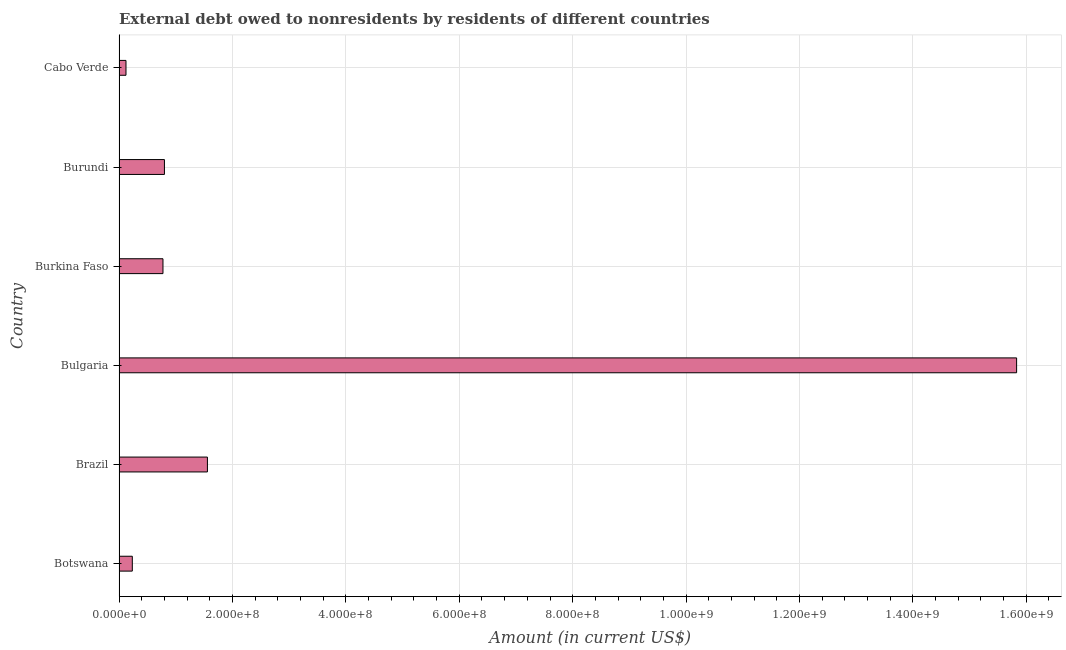
| Country | Debt |
 | --- | --- |
 | Botswana | 2.34e+07 |
 | Brazil | 1.56e+08 |
 | Bulgaria | 1.58e+09 |
 | Burkina Faso | 7.74e+07 |
 | Burundi | 8.01e+07 |
 | Cabo Verde | 1.22e+07 |